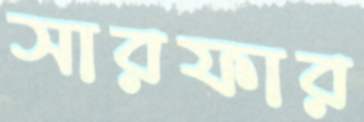
সারফার